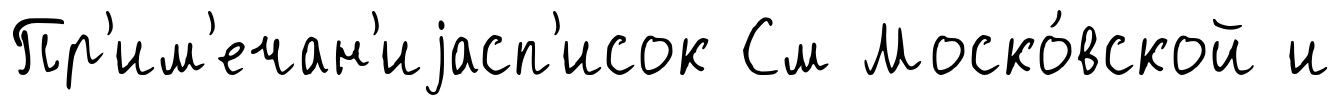
Пр'им'ечан'иjасп'исок См Моско́вской и